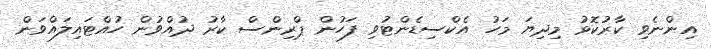
އިންނެވި ކާރުކޮޅު މިދިޔަ މަހު އެކްސިޑެންޓުވި ފަހުން ޕްރިންސް ކާރު ދުއްވުން ހުއްޓައިލައްވަން